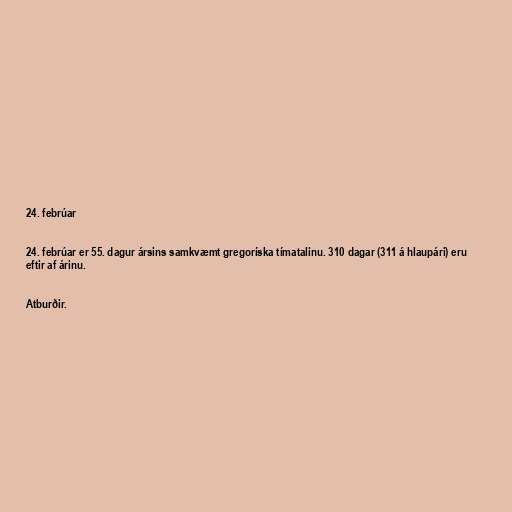
24. febrúar

24. febrúar er 55. dagur ársins samkvæmt gregoríska tímatalinu. 310 dagar (311 á hlaupári) eru
eftir af árinu.

Atburðir.